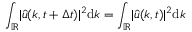
\int _ { \mathbb { R } } \lvert \widehat { u } ( k , t + \Delta t ) \rvert ^ { 2 } \mathrm { d } k = \int _ { \mathbb { R } } \lvert \widehat { u } ( k , t ) \rvert ^ { 2 } \mathrm { d } k